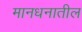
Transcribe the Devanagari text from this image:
मानधनातील